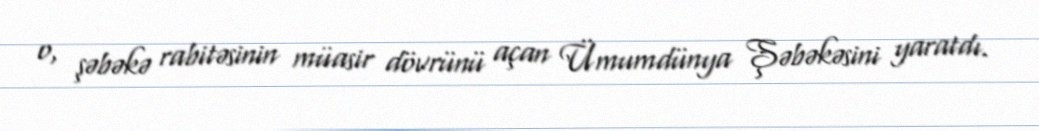
o, şəbəkə rabitəsinin müasir dövrünü açan Ümumdünya Şəbəkəsini yaratdı.